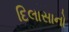
દિલાસાનો